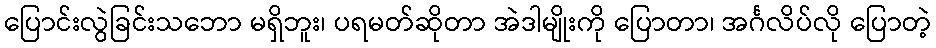
ပြောင်းလွဲခြင်းသဘော မရှိဘူး၊ ပရမတ်ဆိုတာ အဲဒါမျိုးကို ပြောတာ၊ အင်္ဂလိပ်လို ပြောတဲ့